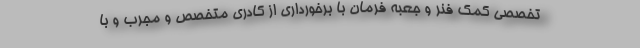
تخصصی کمک فنر و جعبه فرمان با برخورداری از کادری متخصص و مجرب و با